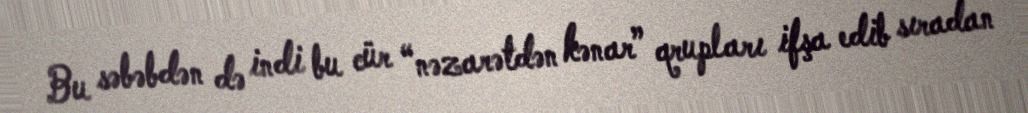
Bu səbəbdən də indi bu cür “nəzarətdən kənar” qrupları ifşa edib sıradan